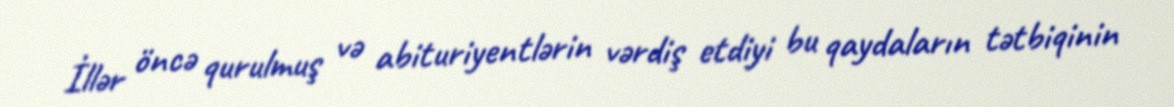
İllər öncə qurulmuş və abituriyentlərin vərdiş etdiyi bu qaydaların tətbiqinin